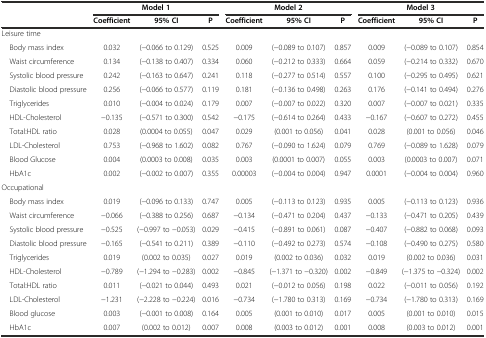
<table><thead><tr><td rowspan="2"></td><td colspan="3"><b>Model 1</b></td><td colspan="3"><b>Model 2</b></td><td colspan="3"><b>Model 3</b></td></tr><tr><td><b>Coefficient</b></td><td><b>95% CI</b></td><td><b>P</b></td><td><b>Coefficient</b></td><td><b>95% CI</b></td><td><b>P</b></td><td><b>Coefficient</b></td><td><b>95% CI</b></td><td><b>P</b></td></tr></thead><tbody><tr><td colspan="10">Leisure time</td></tr><tr><td> Body mass index</td><td>0.032</td><td>(-0.066 to 0.129)</td><td>0.525</td><td>0.009</td><td>(-0.089 to 0.107)</td><td>0.857</td><td>0.009</td><td>(-0.089 to 0.107)</td><td>0.854</td></tr><tr><td> Waist circumference</td><td>0.134</td><td>(-0.138 to 0.407)</td><td>0.334</td><td>0.060</td><td>(-0.212 to 0.333)</td><td>0.664</td><td>0.059</td><td>(-0.214 to 0.332)</td><td>0.670</td></tr><tr><td> Systolic blood pressure</td><td>0.242</td><td>(-0.163 to 0.647)</td><td>0.241</td><td>0.118</td><td>(-0.277 to 0.514)</td><td>0.557</td><td>0.100</td><td>(-0.295 to 0.495)</td><td>0.621</td></tr><tr><td> Diastolic blood pressure</td><td>0.256</td><td>(-0.066 to 0.577)</td><td>0.119</td><td>0.181</td><td>(-0.136 to 0.498)</td><td>0.263</td><td>0.176</td><td>(-0.141 to 0.494)</td><td>0.276</td></tr><tr><td> Triglycerides</td><td>0.010</td><td>(-0.004 to 0.024)</td><td>0.179</td><td>0.007</td><td>(-0.007 to 0.022)</td><td>0.320</td><td>0.007</td><td>(-0.007 to 0.021)</td><td>0.335</td></tr><tr><td> HDL-Cholesterol</td><td>-0.135</td><td>(-0.571 to 0.300)</td><td>0.542</td><td>-0.175</td><td>(-0.614 to 0.264)</td><td>0.433</td><td>-0.167</td><td>(-0.607 to 0.272)</td><td>0.455</td></tr><tr><td> Total:HDL ratio</td><td>0.028</td><td>(0.0004 to 0.055)</td><td>0.047</td><td>0.029</td><td>(0.001 to 0.056)</td><td>0.041</td><td>0.028</td><td>(0.001 to 0.056)</td><td>0.046</td></tr><tr><td> LDL-Cholesterol</td><td>0.753</td><td>(-0.968 to 1.602)</td><td>0.082</td><td>0.767</td><td>(-0.090 to 1.624)</td><td>0.079</td><td>0.769</td><td>(-0.089 to 1.628)</td><td>0.079</td></tr><tr><td> Blood Glucose</td><td>0.004</td><td>(0.0003 to 0.008)</td><td>0.035</td><td>0.003</td><td>(0.0001 to 0.007)</td><td>0.055</td><td>0.003</td><td>(0.0003 to 0.007)</td><td>0.071</td></tr><tr><td> HbA1c</td><td>0.002</td><td>(-0.002 to 0.007)</td><td>0.355</td><td>0.00003</td><td>(-0.004 to 0.004)</td><td>0.947</td><td>0.0001</td><td>(-0.004 to 0.004)</td><td>0.960</td></tr><tr><td colspan="10">Occupational</td></tr><tr><td> Body mass index</td><td>0.019</td><td>(-0.096 to 0.133)</td><td>0.747</td><td>0.005</td><td>(-0.113 to 0.123)</td><td>0.935</td><td>0.005</td><td>(-0.113 to 0.123)</td><td>0.936</td></tr><tr><td> Waist circumference</td><td>-0.066</td><td>(-0.388 to 0.256)</td><td>0.687</td><td>-0.134</td><td>(-0.471 to 0.204)</td><td>0.437</td><td>-0.133</td><td>(-0.471 to 0.205)</td><td>0.439</td></tr><tr><td> Systolic blood pressure</td><td>-0.525</td><td>(-0.997 to -0.053)</td><td>0.029</td><td>-0.415</td><td>(-0.891 to 0.061)</td><td>0.087</td><td>-0.407</td><td>(-0.882 to 0.068)</td><td>0.093</td></tr><tr><td> Diastolic blood pressure</td><td>-0.165</td><td>(-0.541 to 0.211)</td><td>0.389</td><td>-0.110</td><td>(-0.492 to 0.273)</td><td>0.574</td><td>-0.108</td><td>(-0.490 to 0.275)</td><td>0.580</td></tr><tr><td> Triglycerides</td><td>0.019</td><td>(0.002 to 0.035)</td><td>0.027</td><td>0.019</td><td>(0.002 to 0.036)</td><td>0.032</td><td>0.019</td><td>(0.002 to 0.036)</td><td>0.031</td></tr><tr><td> HDL-Cholesterol</td><td>-0.789</td><td>(-1.294 to -0.283)</td><td>0.002</td><td>-0.845</td><td>(-1.371 to -0.320)</td><td>0.002</td><td>-0.849</td><td>(-1.375 to -0.324)</td><td>0.002</td></tr><tr><td> Total:HDL ratio</td><td>0.011</td><td>(-0.021 to 0.044)</td><td>0.493</td><td>0.021</td><td>(-0.012 to 0.056)</td><td>0.198</td><td>0.022</td><td>(-0.011 to 0.056)</td><td>0.192</td></tr><tr><td> LDL-Cholesterol</td><td>-1.231</td><td>(-2.228 to -0.224)</td><td>0.016</td><td>-0.734</td><td>(-1.780 to 0.313)</td><td>0.169</td><td>-0.734</td><td>(-1.780 to 0.313)</td><td>0.169</td></tr><tr><td> Blood glucose</td><td>0.003</td><td>(-0.001 to 0.008)</td><td>0.164</td><td>0.005</td><td>(0.001 to 0.010)</td><td>0.017</td><td>0.005</td><td>(0.001 to 0.010)</td><td>0.015</td></tr><tr><td> HbA1c</td><td>0.007</td><td>(0.002 to 0.012)</td><td>0.007</td><td>0.008</td><td>(0.003 to 0.012)</td><td>0.001</td><td>0.008</td><td>(0.003 to 0.012)</td><td>0.001</td></tr></tbody></table>